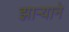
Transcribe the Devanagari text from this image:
झाऱ्याने